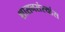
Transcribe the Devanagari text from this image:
शासनसंस्थांस